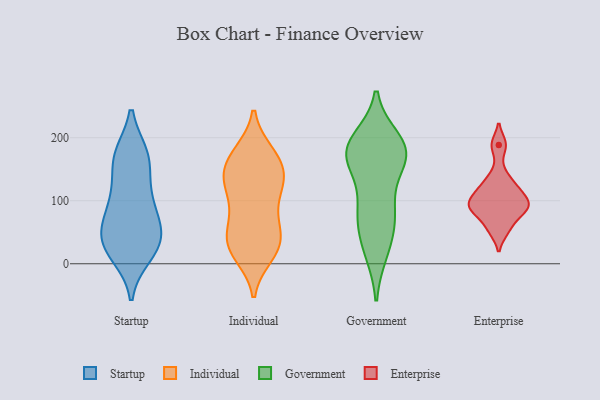
{"axis": {"x": "Customer Acquisition Cost (USD)", "y": "Value"}, "legend": ["Enterprise", "Government", "Individual", "Startup"], "data": [{"x": "", "y": 172, "type": "Startup"}, {"x": "", "y": 116, "type": "Startup"}, {"x": "", "y": 32, "type": "Startup"}, {"x": "", "y": 19, "type": "Startup"}, {"x": "", "y": 14, "type": "Startup"}, {"x": "", "y": 46, "type": "Startup"}, {"x": "", "y": 69, "type": "Startup"}, {"x": "", "y": 168, "type": "Startup"}, {"x": "", "y": 25, "type": "Startup"}, {"x": "", "y": 170, "type": "Startup"}, {"x": "", "y": 81, "type": "Startup"}, {"x": "", "y": 48, "type": "Startup"}, {"x": "", "y": 118, "type": "Startup"}, {"x": "", "y": 91, "type": "Startup"}, {"x": "", "y": 45, "type": "Startup"}, {"x": "", "y": 171, "type": "Startup"}, {"x": "", "y": 15, "type": "Individual"}, {"x": "", "y": 63, "type": "Individual"}, {"x": "", "y": 124, "type": "Individual"}, {"x": "", "y": 140, "type": "Individual"}, {"x": "", "y": 37, "type": "Individual"}, {"x": "", "y": 76, "type": "Individual"}, {"x": "", "y": 74, "type": "Individual"}, {"x": "", "y": 139, "type": "Individual"}, {"x": "", "y": 167, "type": "Individual"}, {"x": "", "y": 32, "type": "Individual"}, {"x": "", "y": 175, "type": "Individual"}, {"x": "", "y": 163, "type": "Individual"}, {"x": "", "y": 133, "type": "Individual"}, {"x": "", "y": 28, "type": "Individual"}, {"x": "", "y": 32, "type": "Individual"}, {"x": "", "y": 128, "type": "Individual"}, {"x": "", "y": 111, "type": "Individual"}, {"x": "", "y": 20, "type": "Individual"}, {"x": "", "y": 175, "type": "Individual"}, {"x": "", "y": 77, "type": "Government"}, {"x": "", "y": 170, "type": "Government"}, {"x": "", "y": 196, "type": "Government"}, {"x": "", "y": 67, "type": "Government"}, {"x": "", "y": 186, "type": "Government"}, {"x": "", "y": 165, "type": "Government"}, {"x": "", "y": 19, "type": "Government"}, {"x": "", "y": 171, "type": "Government"}, {"x": "", "y": 101, "type": "Government"}, {"x": "", "y": 55, "type": "Government"}, {"x": "", "y": 187, "type": "Government"}, {"x": "", "y": 20, "type": "Government"}, {"x": "", "y": 92, "type": "Government"}, {"x": "", "y": 188, "type": "Government"}, {"x": "", "y": 167, "type": "Government"}, {"x": "", "y": 167, "type": "Government"}, {"x": "", "y": 112, "type": "Enterprise"}, {"x": "", "y": 122, "type": "Enterprise"}, {"x": "", "y": 53, "type": "Enterprise"}, {"x": "", "y": 114, "type": "Enterprise"}, {"x": "", "y": 128, "type": "Enterprise"}, {"x": "", "y": 99, "type": "Enterprise"}, {"x": "", "y": 84, "type": "Enterprise"}, {"x": "", "y": 53, "type": "Enterprise"}, {"x": "", "y": 87, "type": "Enterprise"}, {"x": "", "y": 92, "type": "Enterprise"}, {"x": "", "y": 143, "type": "Enterprise"}, {"x": "", "y": 97, "type": "Enterprise"}, {"x": "", "y": 188, "type": "Enterprise"}, {"x": "", "y": 92, "type": "Enterprise"}, {"x": "", "y": 88, "type": "Enterprise"}, {"x": "", "y": 189, "type": "Enterprise"}, {"x": "", "y": 70, "type": "Enterprise"}]}